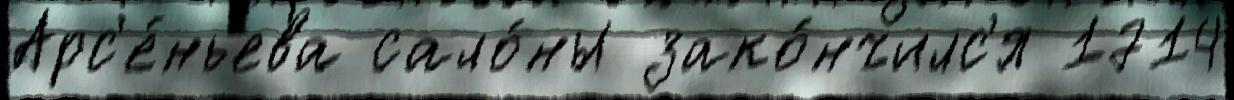
Арс'е́ньева сало́ны зако́нчилс'я 1714